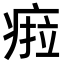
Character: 𤷟